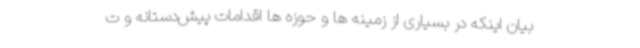
بیان اینکه در بسیاری از زمینه ها و حوزه ها اقدامات پیش‌دستانه و ت